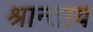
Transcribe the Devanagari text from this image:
श्रान्ताय